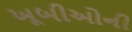
ખૂબીઓની